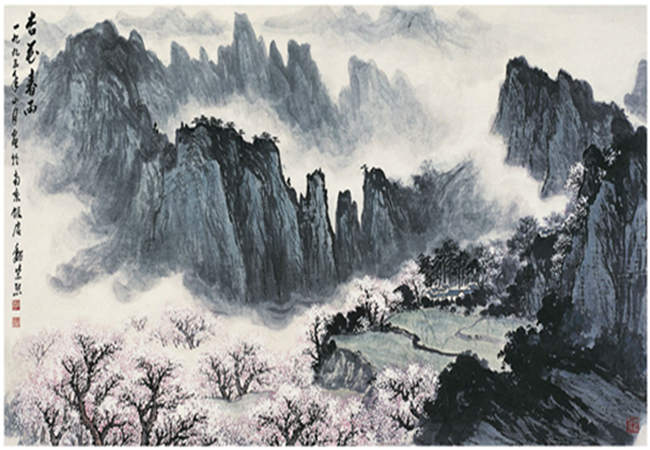
一觞虽独尽，杯尽壶自倾。